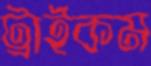
ট্রাইকম